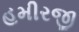
હમીરજી